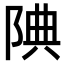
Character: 𨹻